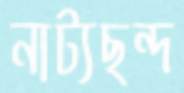
নাট্যছন্দ